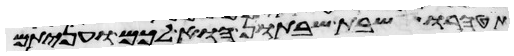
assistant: תטהרו שבת שבתון הוא לכם ועניתם